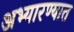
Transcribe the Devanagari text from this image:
अभ्यारण्यात